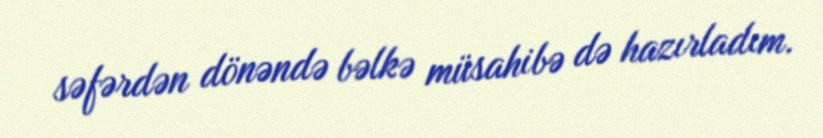
səfərdən dönəndə bəlkə müsahibə də hazırladım.